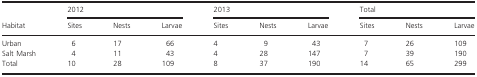
|  | <COLSPAN=3> 2012 | <COLSPAN=3> 2013 | <COLSPAN=3> Total |
 | Habitat | Sites | Nests | Larvae | Sites | Nests | Larvae | Sites | Nests | Larvae |
 | --- | --- | --- | --- | --- | --- | --- | --- | --- | --- |
 | Urban | 6 | 17 | 66 | 4 | 9 | 43 | 7 | 26 | 109 |
 | Salt Marsh | 4 | 11 | 43 | 4 | 28 | 147 | 7 | 39 | 190 |
 | Total | 10 | 28 | 109 | 8 | 37 | 190 | 14 | 65 | 299 |